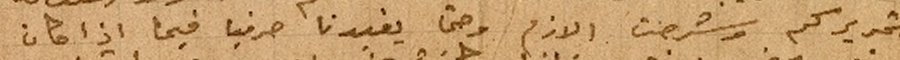
تحريركم وشرحت الازم وحتى يفيدنا حرفياً فيما اذا كان